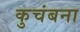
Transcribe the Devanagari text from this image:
कुचंबना